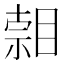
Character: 𥈷